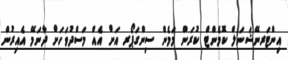
އިންޓަރނޭޝަނަލް ކޮމެންޓް ކުރަން މަމެން ސިންގަޕޯރ އަށް އެއް މަސްދުވަހަށް ދާނަމޭ އެއިރުން